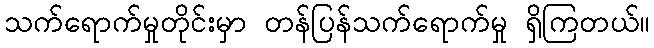
သက်ရောက်မှုတိုင်းမှာ တန်ပြန်သက်ရောက်မှု ရှိကြတယ်။